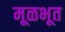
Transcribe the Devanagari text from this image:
मूळभूत